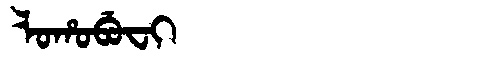
Manchu: ᠯᠣᡥᠣᠪᡠᠸᡳ
Romanization: LOHOBUFI